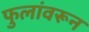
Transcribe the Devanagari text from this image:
फुलांवरून